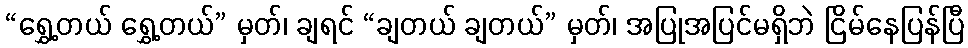
“ရွှေ့တယ် ရွှေ့တယ်” မှတ်၊ ချရင် “ချတယ် ချတယ်” မှတ်၊ အပြုအပြင်မရှိဘဲ ငြိမ်နေပြန်ပြီ